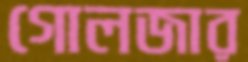
গোলজার